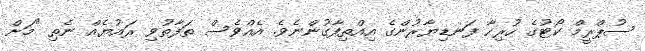
ސުޕްރީމް ކޯޓުގެ ހުރިހާ ފަނޑިޔާރުންގެ އިއްތިފާގުންނެވެ. އެއްވެސް ތަފާތުވި ރައުޔެއް ނެތި "މަށް